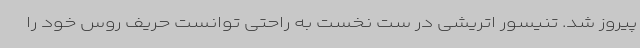
پیروز شد.‌ تنیسور اتریشی در ست نخست به راحتی توانست حریف روس خود را